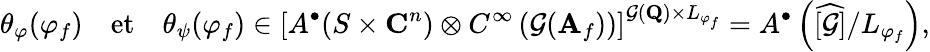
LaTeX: \theta_{\varphi}(\varphi_{f})\quad\mathrm{et}\quad\theta_{\psi}(\varphi_{f})\in\left[A^{\bullet}(S\times\mathbf{C}^{n})\otimes C^{\infty}\left(\mathcal{G}(\mathbf{A}_{f})\right)\right]^{\mathcal{G}(\mathbf{Q})\times L_{\varphi_{f}}}=A^{\bullet}\left(\widehat{[\mathcal{G}]}/L_{\varphi_{f}}\right),